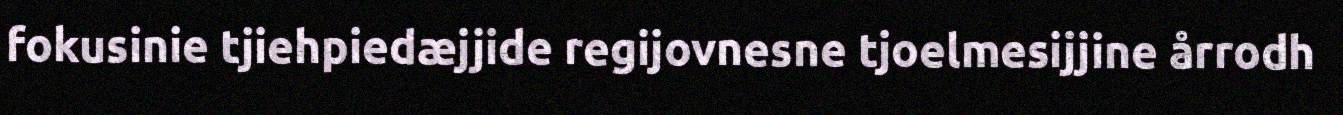
fokusinie tjiehpiedæjjide regijovnesne tjoelmesijjine årrodh